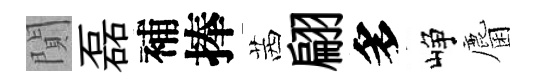
閴磊補捧茜翩多峥麕